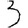
Digit: 3